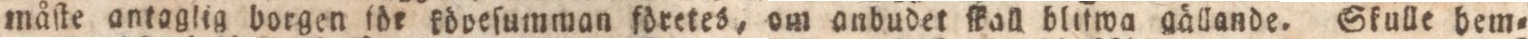
måſte antaglig borgen föe köpeſumman företes, om anbudet ſkall blitwa gällande. Skulle bem=